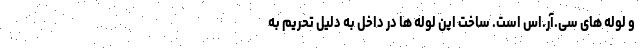
و لوله های سی.آر.اس است. ساخت این لوله ها در داخل به دلیل تحریم به